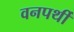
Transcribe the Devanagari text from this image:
वनपर्थी